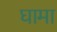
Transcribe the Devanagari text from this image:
घामा